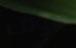
سوف